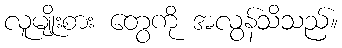
လူမျိုးစား တွေကို အလွန်သိသည်။